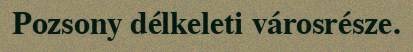
Pozsony délkeleti városrésze.